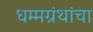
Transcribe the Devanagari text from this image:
धम्मग्रंथांचा